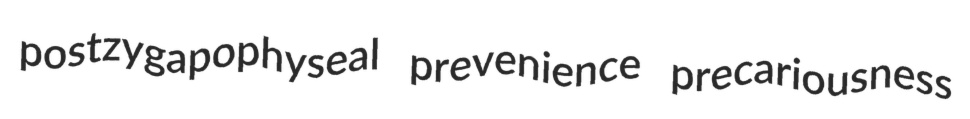
postzygapophyseal prevenience precariousness